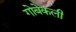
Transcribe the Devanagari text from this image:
गोबेकली